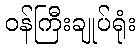
ဝန်ကြီးချုပ်ရုံး